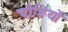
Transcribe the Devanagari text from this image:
चीङियों